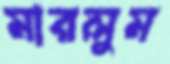
মারলুম